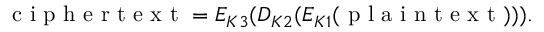
{ \textrm { c i p h e r t e x t } } = E _ { K 3 } ( D _ { K 2 } ( E _ { K 1 } ( { \textrm { p l a i n t e x t } } ) ) ) .